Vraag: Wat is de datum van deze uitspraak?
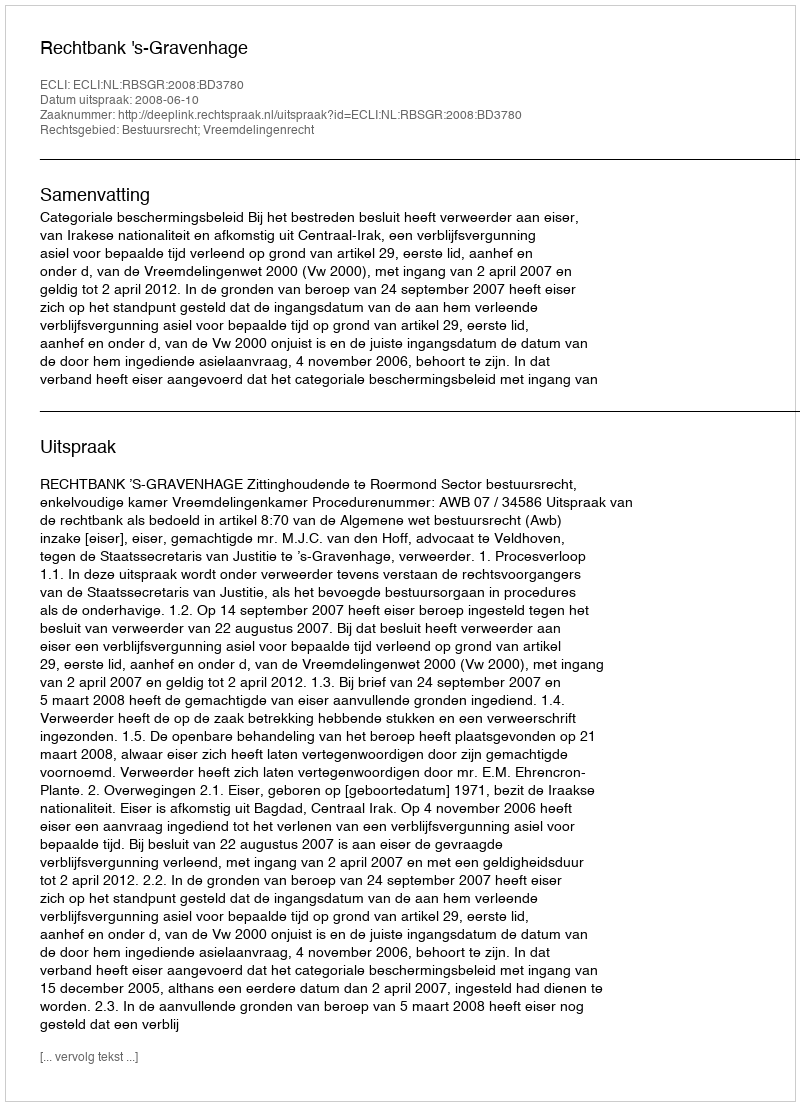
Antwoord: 2008-06-10